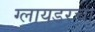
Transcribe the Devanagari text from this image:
ग्लायडरचा